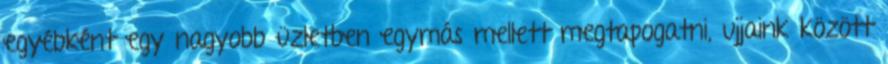
egyébként egy nagyobb üzletben egymás mellett megtapogatni, ujjaink között